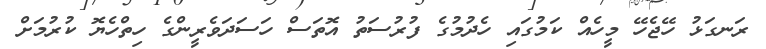
ރަނގަޅު ހޭޖެހޭ މީހެއް ކަމުގައި ހެދުމުގެ ފުރުސަތު އޮތަސް ހަސަދަވެރީންގެ ހިތްހެޔޮ ކުރުމަށް